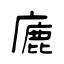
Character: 廘